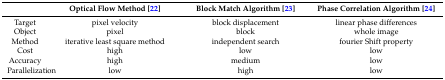
|  | Optical Flow Method [22] | Block Match Algorithm [23] | Phase Correlation Algorithm [24] |
 | --- | --- | --- | --- |
 | Target | pixel velocity | block displacement | linear phase differences |
 | Object | pixel | block | whole image |
 | Method | iterative least square method | independent search | fourier Shift property |
 | Cost | high | low | low |
 | Accuracy | high | medium | low |
 | Parallelization | low | high | low |